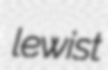
lewist